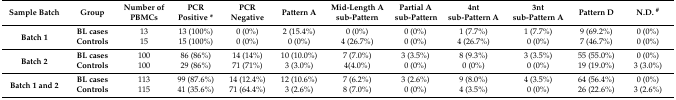
| Sample Batch | Group | Number of PBMCs | PCR Positive * | PCR Negative | Pattern A | Mid-Length Asub-Pattern | Partial A sub-Pattern | 4nt sub-Pattern A | 3nt sub-Pattern A | Pattern D | N.D. # |
 | --- | --- | --- | --- | --- | --- | --- | --- | --- | --- | --- | --- |
 | <ROWSPAN=2> Batch 1 | BL cases | 13 | 13 (100%) | 0 (0%) | 2 (15.4%) | 0 (0%) | 0 (0%) | 1 (7.7%) | 1 (7.7%) | 9 (69.2%) | 0 (0%) |
 | Controls | 15 | 15 (100%) | 0 (0%) | 0 (0%) | 4 (26.7%) | 0 (0%) | 4 (26.7%) | 0 (0%) | 7 (46.7%) | 0 (0%) |
 | <ROWSPAN=2> Batch 2 | BL cases | 100 | 86 (86%) | 14 (14%) | 10 (10.0%) | 7 (7.0%) | 3 (3.5%) | 8 (9.3%) | 3 (3.5%) | 55 (55.0%) | 0 (0%) |
 | Controls | 100 | 29 (86%) | 71 (71%) | 3 (3.0%) | 4(4.0%) | 0 (0%) | 0 (0%) | 0 (0%) | 19 (19.0%) | 3 (3.0%) |
 | <ROWSPAN=2> Batch 1 and 2 | BL cases | 113 | 99 (87.6%) | 14 (12.4%) | 12 (10.6%) | 7 (6.2%) | 3 (2.6%) | 9 (8.0%) | 4 (3.5%) | 64 (56.4%) | 0 (0%) |
 | Controls | 115 | 41 (35.6%) | 71 (64.4%) | 3 (2.6%) | 8 (7.0%) | 0 (0%) | 4 (3.5%) | 0 (0%) | 26 (22.6%) | 3 (2.6%) |